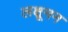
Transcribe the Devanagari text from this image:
लक्षूमन